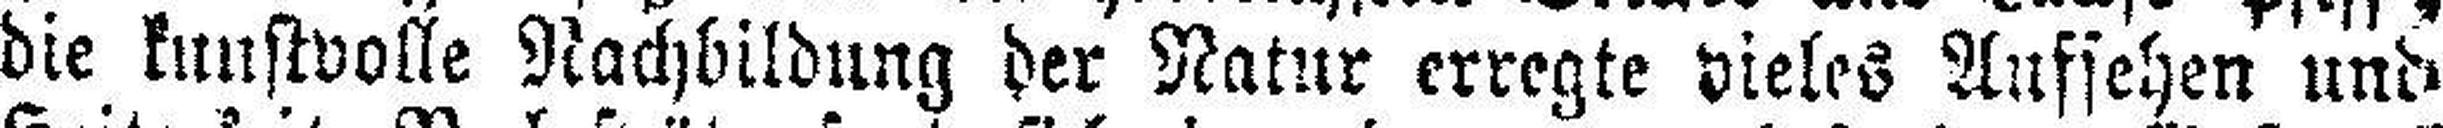
die kunstvolle Nachbildung der Natur erregte vieles Aufsehen und